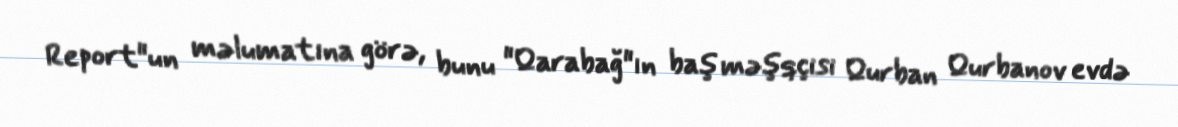
Report"un məlumatına görə, bunu "Qarabağ"ın baş məşqçisi Qurban Qurbanov evdə